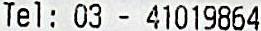
TEL : 03 - 41019864